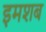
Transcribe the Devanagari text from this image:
इमशब